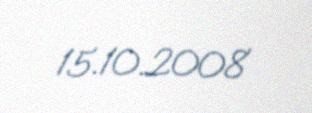
15.10.2008